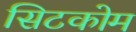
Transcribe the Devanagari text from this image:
सिटकोम